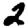
Digit: 2